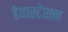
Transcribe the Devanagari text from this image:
डेवास्टेशन